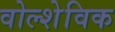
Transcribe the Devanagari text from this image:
वोल्शेविक